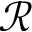
\mathcal { R }